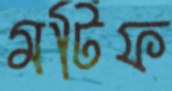
মটিফ